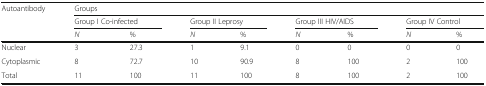
| <ROWSPAN=3> Autoantibody | <COLSPAN=8> Groups |
 | <COLSPAN=2> Group I Co-infected | <COLSPAN=2> Group II Leprosy | <COLSPAN=2> Group III HIV/AIDS | <COLSPAN=2> Group IV Control |
 | N | % | N | % | N | % | N | % |
 | --- | --- | --- | --- | --- | --- | --- | --- | --- |
 | Nuclear | 3 | 27.3 | 1 | 9.1 | 0 | 0 | 0 | 0 |
 | Cytoplasmic | 8 | 72.7 | 10 | 90.9 | 8 | 100 | 2 | 100 |
 | Total | 11 | 100 | 11 | 100 | 8 | 100 | 2 | 100 |